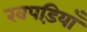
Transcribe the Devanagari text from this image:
खपड़ियाँ